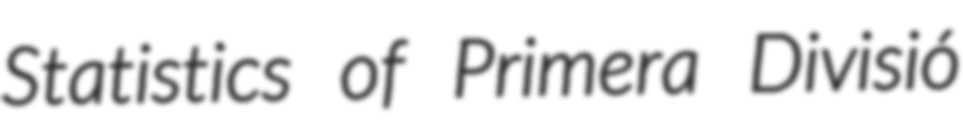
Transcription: Statistics of Primera Divisió